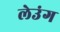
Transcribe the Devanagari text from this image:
लेउंग